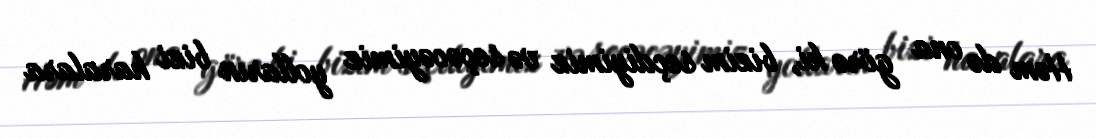
Həm də ona görə ki, bizim seçdiyimiz və seçəcəyimiz yolların bizi haralara